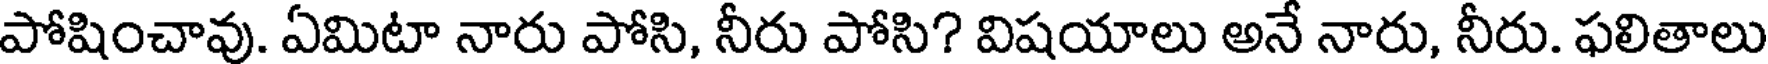
పోషించావు. ఏమిటా నారు పోసి, నీరు పోసి? విషయాలు అనే నారు, నీరు. ఫలితాలు